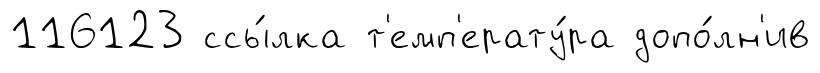
116123 ссы́лка т'емп'ерату́ра допо́лн'ив